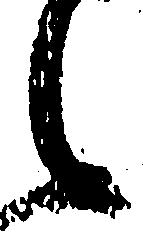
之